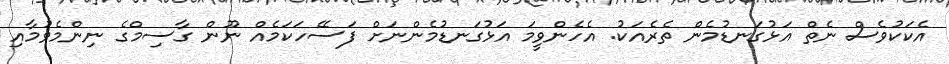
އެކަކުވެސް ނެތް އަޅުގަނޑުމެން ތެރެއަކު. އެހެންވީމަ އަޅުގަނޑުމެންނަށް ފަސޭހަކަމެއް ނޫން ގާސިމްގެ ނިންމެވުމާއި